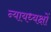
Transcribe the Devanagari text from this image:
न्यायध्यक्षों